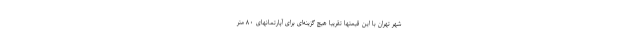
شهر تهران با این قیمتها تقریبا هیچ گزینه‌ای برای آپارتمانهای ۸۰ متر